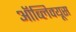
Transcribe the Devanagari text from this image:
ऑब्लिक्यूस